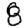
Digit: 8